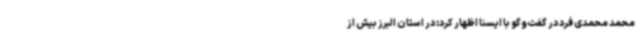
محمد محمدی فرد در گفت‌وگو با ایسنا اظهار کرد: در استان البرز بیش از